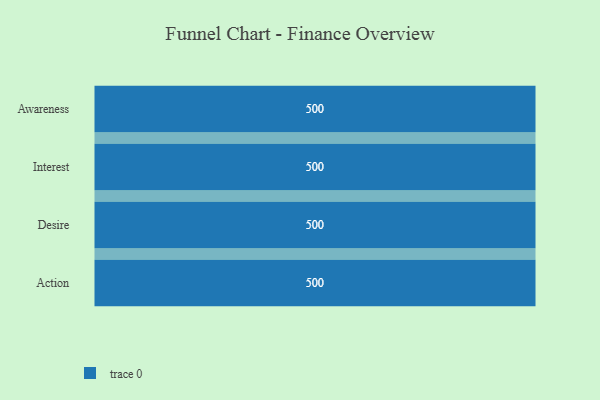
{"axis": {"x": "Stage", "y": "Value"}, "legend": [""], "data": [{"x": "Awareness", "y": 500, "type": ""}, {"x": "Interest", "y": 500, "type": ""}, {"x": "Desire", "y": 500, "type": ""}, {"x": "Action", "y": 500, "type": ""}]}